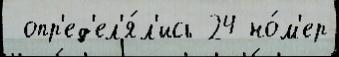
 опр'ед'ел'я́л'ись 24 но́м'ер